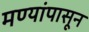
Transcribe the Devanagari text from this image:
मण्यांपासून